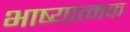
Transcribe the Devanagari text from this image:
भाष्यात्मक